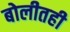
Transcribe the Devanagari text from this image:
बोलीतही